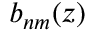
b _ { n m } ( z )